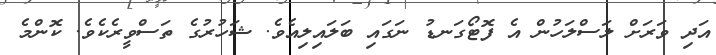
އަދި ވަރަށް ލަސްލަހުން އެ ފޮޓޯގަނޑު ނަގައި ބަލައިލިއެވެ. ޝަހުރުގެ ތަސްވީރެކެވެ. ކޮންމެ